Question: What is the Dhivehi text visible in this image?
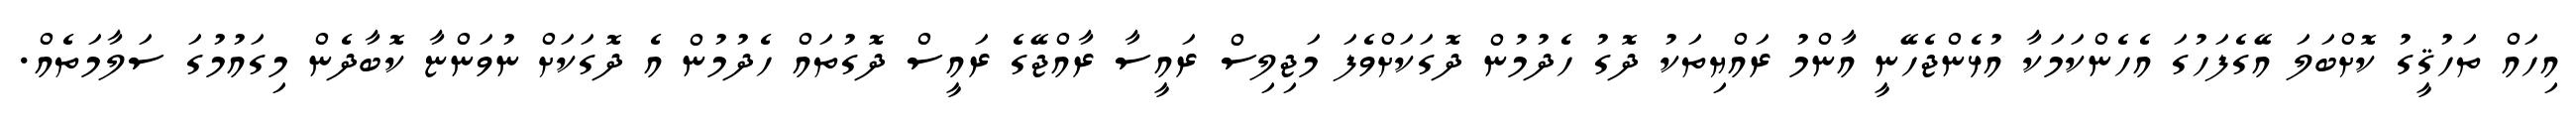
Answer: އިހައް ތަހުޤީގު ކޮށްބަލަ އޭގެފަހުގަ އެހެންކަމަކާ އުޅެންޖެހޭނީ އާންމު ރައްޔިތަކު ދޮގު ހެދުމުން ދޮގަކަށްވެފަ މަޖިލިސް ރައީސާ ރާއްޖޭގެ ރައީސް ދޮގުތައް ހެދުމުން އެ ދޮގަކަށް ނުވަންޏާ ކޮބާދެން މިގައުމުގަ ސަލާމަތެއް.